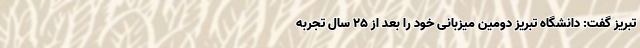
تبریز گفت: دانشگاه تبریز دومین میزبانی خود را بعد از ۲۵ سال تجربه